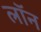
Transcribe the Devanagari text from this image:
लाॅन